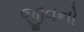
જીવનો